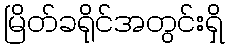
မြိတ်ခရိုင်အတွင်းရှိ